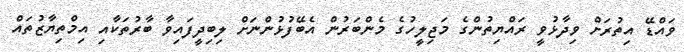
ވައްޑޭ އިތުރަށް ވިދާޅުވީ ރައްޔިތުންގެ މަޖިލީހުގެ މެންބަރުން އެބޭފުޅުންނަށް ލިބިދީފައިވާ ބާރުތަކާއި އިމްތިޔާޒުތައް